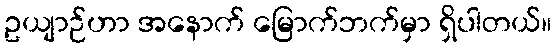
ဥယျာဉ်ဟာ အနောက် မြောက်ဘက်မှာ ရှိပါတယ်။